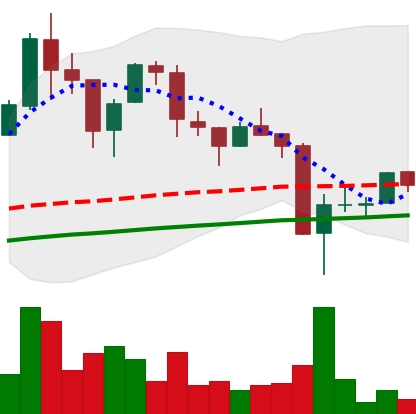
Ticker: LTC-USD
Chart end date: 2017-09-19
Forward return: -9.874%
Label: down_7plus